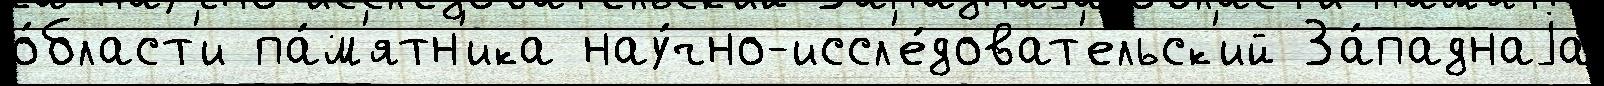
о́бласт'и па́м'ятн'ика нау́чно-иссл'е́доват'ельск'ий За́паднаjа